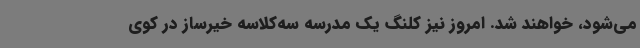
می‌شود، خواهند شد. امروز نیز کلنگ یک مدرسه سه‌کلاسه خیرساز در کوی